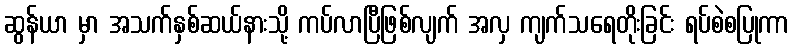
ဆွန်ယာ မှာ အသက်နှစ်ဆယ်နားသို့ ကပ်လာပြီဖြစ်လျက် အလှ ကျက်သရေတိုးခြင်း ရပ်စဲစပြုကာ